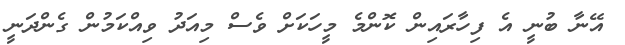
އޭނާ ބުނީ އެ ފިހާރައިން ކޮންމެ މީހަކަށް ވެސް މިއަދު ވިއްކަމުން ގެންދަނީ